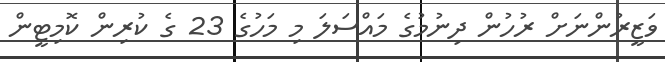
ވަޒީރުންނަށް ރުހުން ދިނުމުގެ މައްސަލަ މި މަހުގެ 23 ގެ ކުރިން ކޮމިޓީން